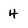
Character: 4